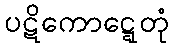
ပဋိကောဋ္ဋေတုံ